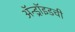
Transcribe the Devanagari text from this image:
ॲन्ड्रॉइडची